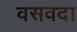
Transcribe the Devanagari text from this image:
वसवदा